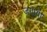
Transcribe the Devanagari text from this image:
जगाये।